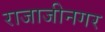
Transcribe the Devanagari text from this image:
राजाजीनगर